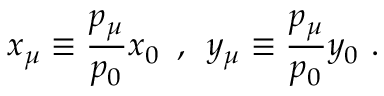
x _ { \mu } \equiv \frac { p _ { \mu } } { p _ { 0 } } x _ { 0 } \, \, \, , \, \, \, y _ { \mu } \equiv \frac { p _ { \mu } } { p _ { 0 } } y _ { 0 } \, \, .